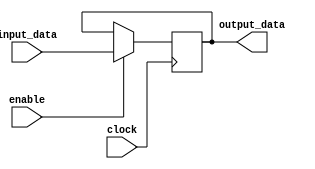
module bypass_register(
    input [3:0] input_data,
    input clock,
    input enable,
    output reg [3:0] output_data
);

reg [3:0] register_data;

always @(posedge clock) begin
    if(enable) begin
        register_data <= input_data;
    end
end

assign output_data = register_data;

endmodule